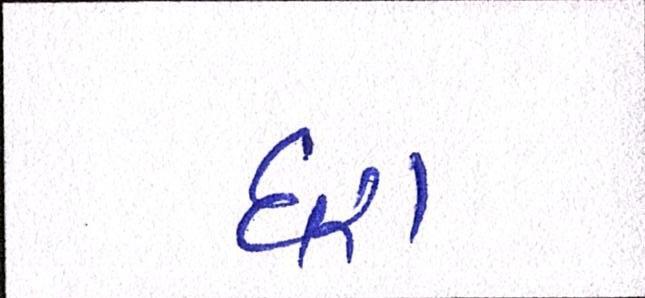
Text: ધરા